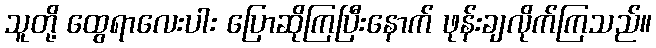
သူတို့ ထွေရာလေးပါး ပြောဆိုကြပြီးနောက် ဖုန်းချလိုက်ကြသည်။